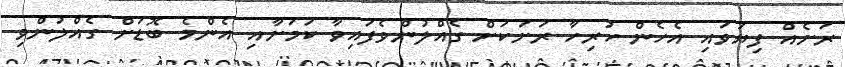
ރަށެއް ފިޔަވައި އެހެން ހުރިހާ ރަށަކަށް ގެއްލުންވެފައިވާ ކަމަށާއި އެންމެ ބޮޑަށް ގެއްލުންވި